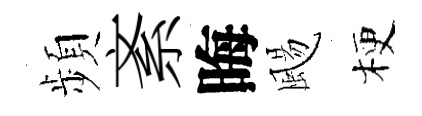
頻紊晦颺梗